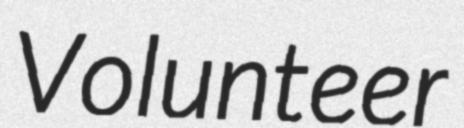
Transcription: Volunteer